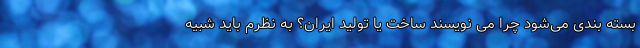
بسته بندی می‌شود چرا می نویسند ساخت یا تولید ایران؟ به نظرم باید شبیه